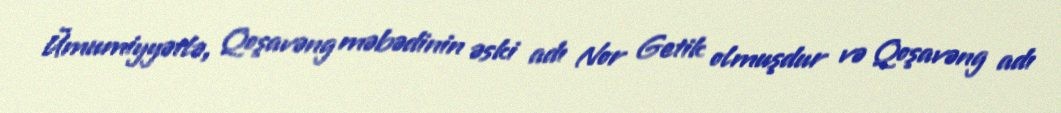
Ümumiyyətlə, Qoşavəng məbədinin əski adı Nor Getik olmuşdur və Qoşavəng adı